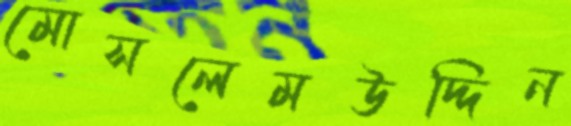
মোসলেমউদ্দিন